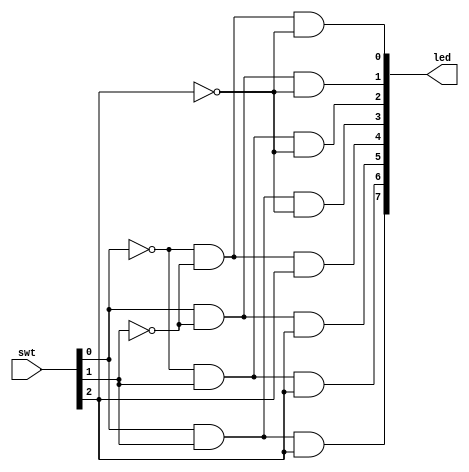
`timescale 1ns / 1ps
//////////////////////////////////////////////////////////////////////////////////
// Company: 
// Engineer: 
// 
// Design Name: 
// Module Name: 3_8_decoder
// Project Name: 
// Target Devices: 
// Tool Versions: 
// Description: 
// 
// Dependencies: 
// 
// Revision:
// Revision 0.01 - File Created
// Additional Comments:
// 
//////////////////////////////////////////////////////////////////////////////////


module decoder_3_8(
    input [2:0] swt,
    output [7:0] led
    );
    
    assign led[0]=~swt[0] & ~swt[1] & ~swt[2];
    assign led[1]=swt[0] & ~swt[1] & ~swt[2];
    assign led[2]=~swt[0] & swt[1] & ~swt[2];
    assign led[3]=swt[0] & swt[1] & ~swt[2];
    assign led[4]=~swt[0] & ~swt[1] & swt[2];
    assign led[5]=swt[0] & ~swt[1] & swt[2];
    assign led[6]=~swt[0] & swt[1] & swt[2];
    assign led[7]=swt[0] & swt[1] & swt[2];
    
endmodule